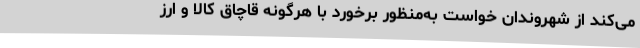
می‌کند از شهروندان خواست به‌منظور برخورد با هرگونه قاچاق کالا و ارز